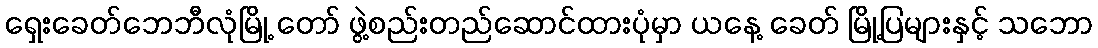
ရှေးခေတ်ဘေဘီလုံမြို့ တော် ဖွဲ့စည်းတည်ဆောင်ထားပုံမှာ ယနေ့ ခေတ် မြို့ပြများနှင့် သဘော